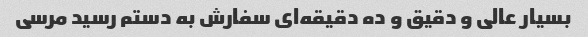
بسیار عالی و دقیق و ده دقیقه‌ای سفارش به دستم رسید مرسی